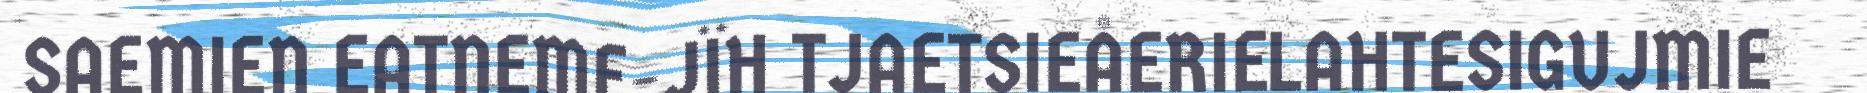
SAEMIEN EATNEME-JÏH TJAETSIEÅERIELAHTESIGUJMIE